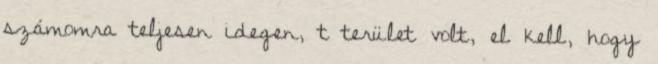
számomra teljesen idegen, t terület volt, el kell, hogy